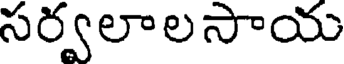
సర్వలాలసాయ